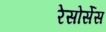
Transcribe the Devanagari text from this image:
रेसोर्सेस